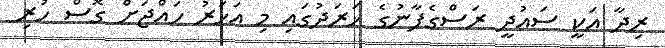
ރިދާ އަކީ ސައުދީ ރަސްގެފާނުގެ ޚަރަދުގައި މި އަަހަރު ހައްޖަށް ގޮސް ހުރި